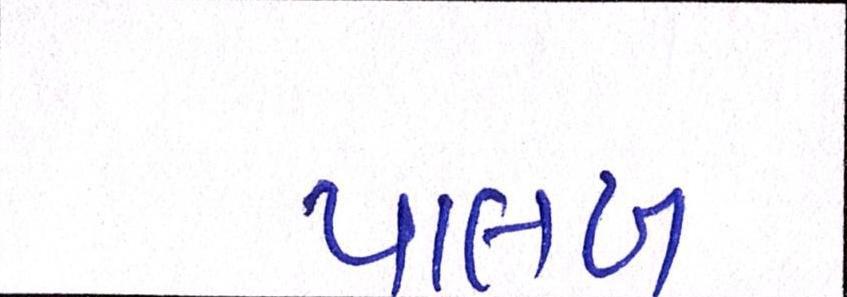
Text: પાલખ